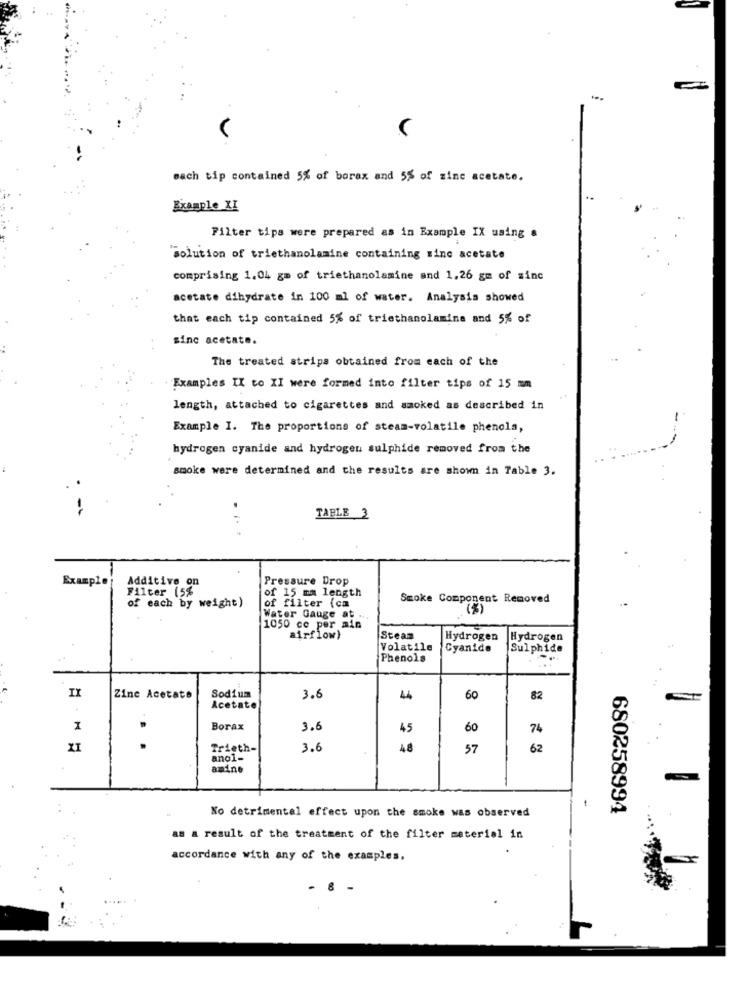
V
mach tip contained 5% of borax and 5% of zinc acetate.
Example XI
Filter tips were prepared as in Example IX using a
"Solution of triethanolamine containing minc acetate
comprising 1.04 gm of triethanolamine and 1,26 gm of sinc
acetate dihydrate in 100 ml of water. Analysis showed
that each tip contained 5% of triethanolamine and 5% of
sinc acetate.
The treated strips obtained from each of the
Examples IX to XI were formed into filter tips of 15 mm
length, attached to cigarettes and smoked as described in
Example I. The proportions of steam-volatile phenols,
hydrogen cyanide and hydrogen sulphide removed from the
smoke were determined and the results are shown in Table 3.
TABLE 3
Example
Additive on
Pressure Drop
of 15 mm length
Filter (5%
of filter (cm
Smoke Component Removed
of each by weight)
(%)
Water Gauge at ...
1050 cc per min
airflow)
Steam
Hydrogen
Hydrogen
Volatile
Cyanide
Sulphide
Phenols
..
IX
Zine Acetato
Sodium
3.6
44
60
82
Acetate
I
Borax
3.6
45
60
74
XI
Trieth-
3.6
48
57
62
anol-
amine
680258994
No detrimental effect upon the smoke was observed
as a result of the treatment of the filter material in
accordance with any of the examples.
8
-